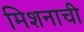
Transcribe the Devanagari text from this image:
मिशनाची